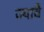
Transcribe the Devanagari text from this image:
ज्यावै